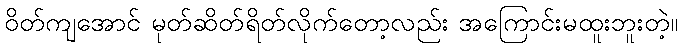
ဝိတ်ကျအောင် မုတ်ဆိတ်ရိတ်လိုက်တော့လည်း အကြောင်းမထူးဘူးတဲ့။